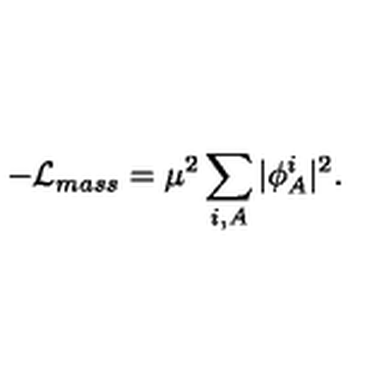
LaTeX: - { \cal L } _ { m a s s } = \mu ^ { 2 } \sum _ { i , A } \vert \phi _ { A } ^ { i } \vert ^ { 2 } .